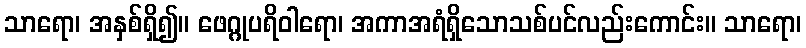
သာရော၊ အနှစ်ရှိ၍။ ဖေဂ္ဂုပရိဝါရော၊ အကာအရံရှိသောသစ်ပင်လည်းကောင်း။ သာရော၊